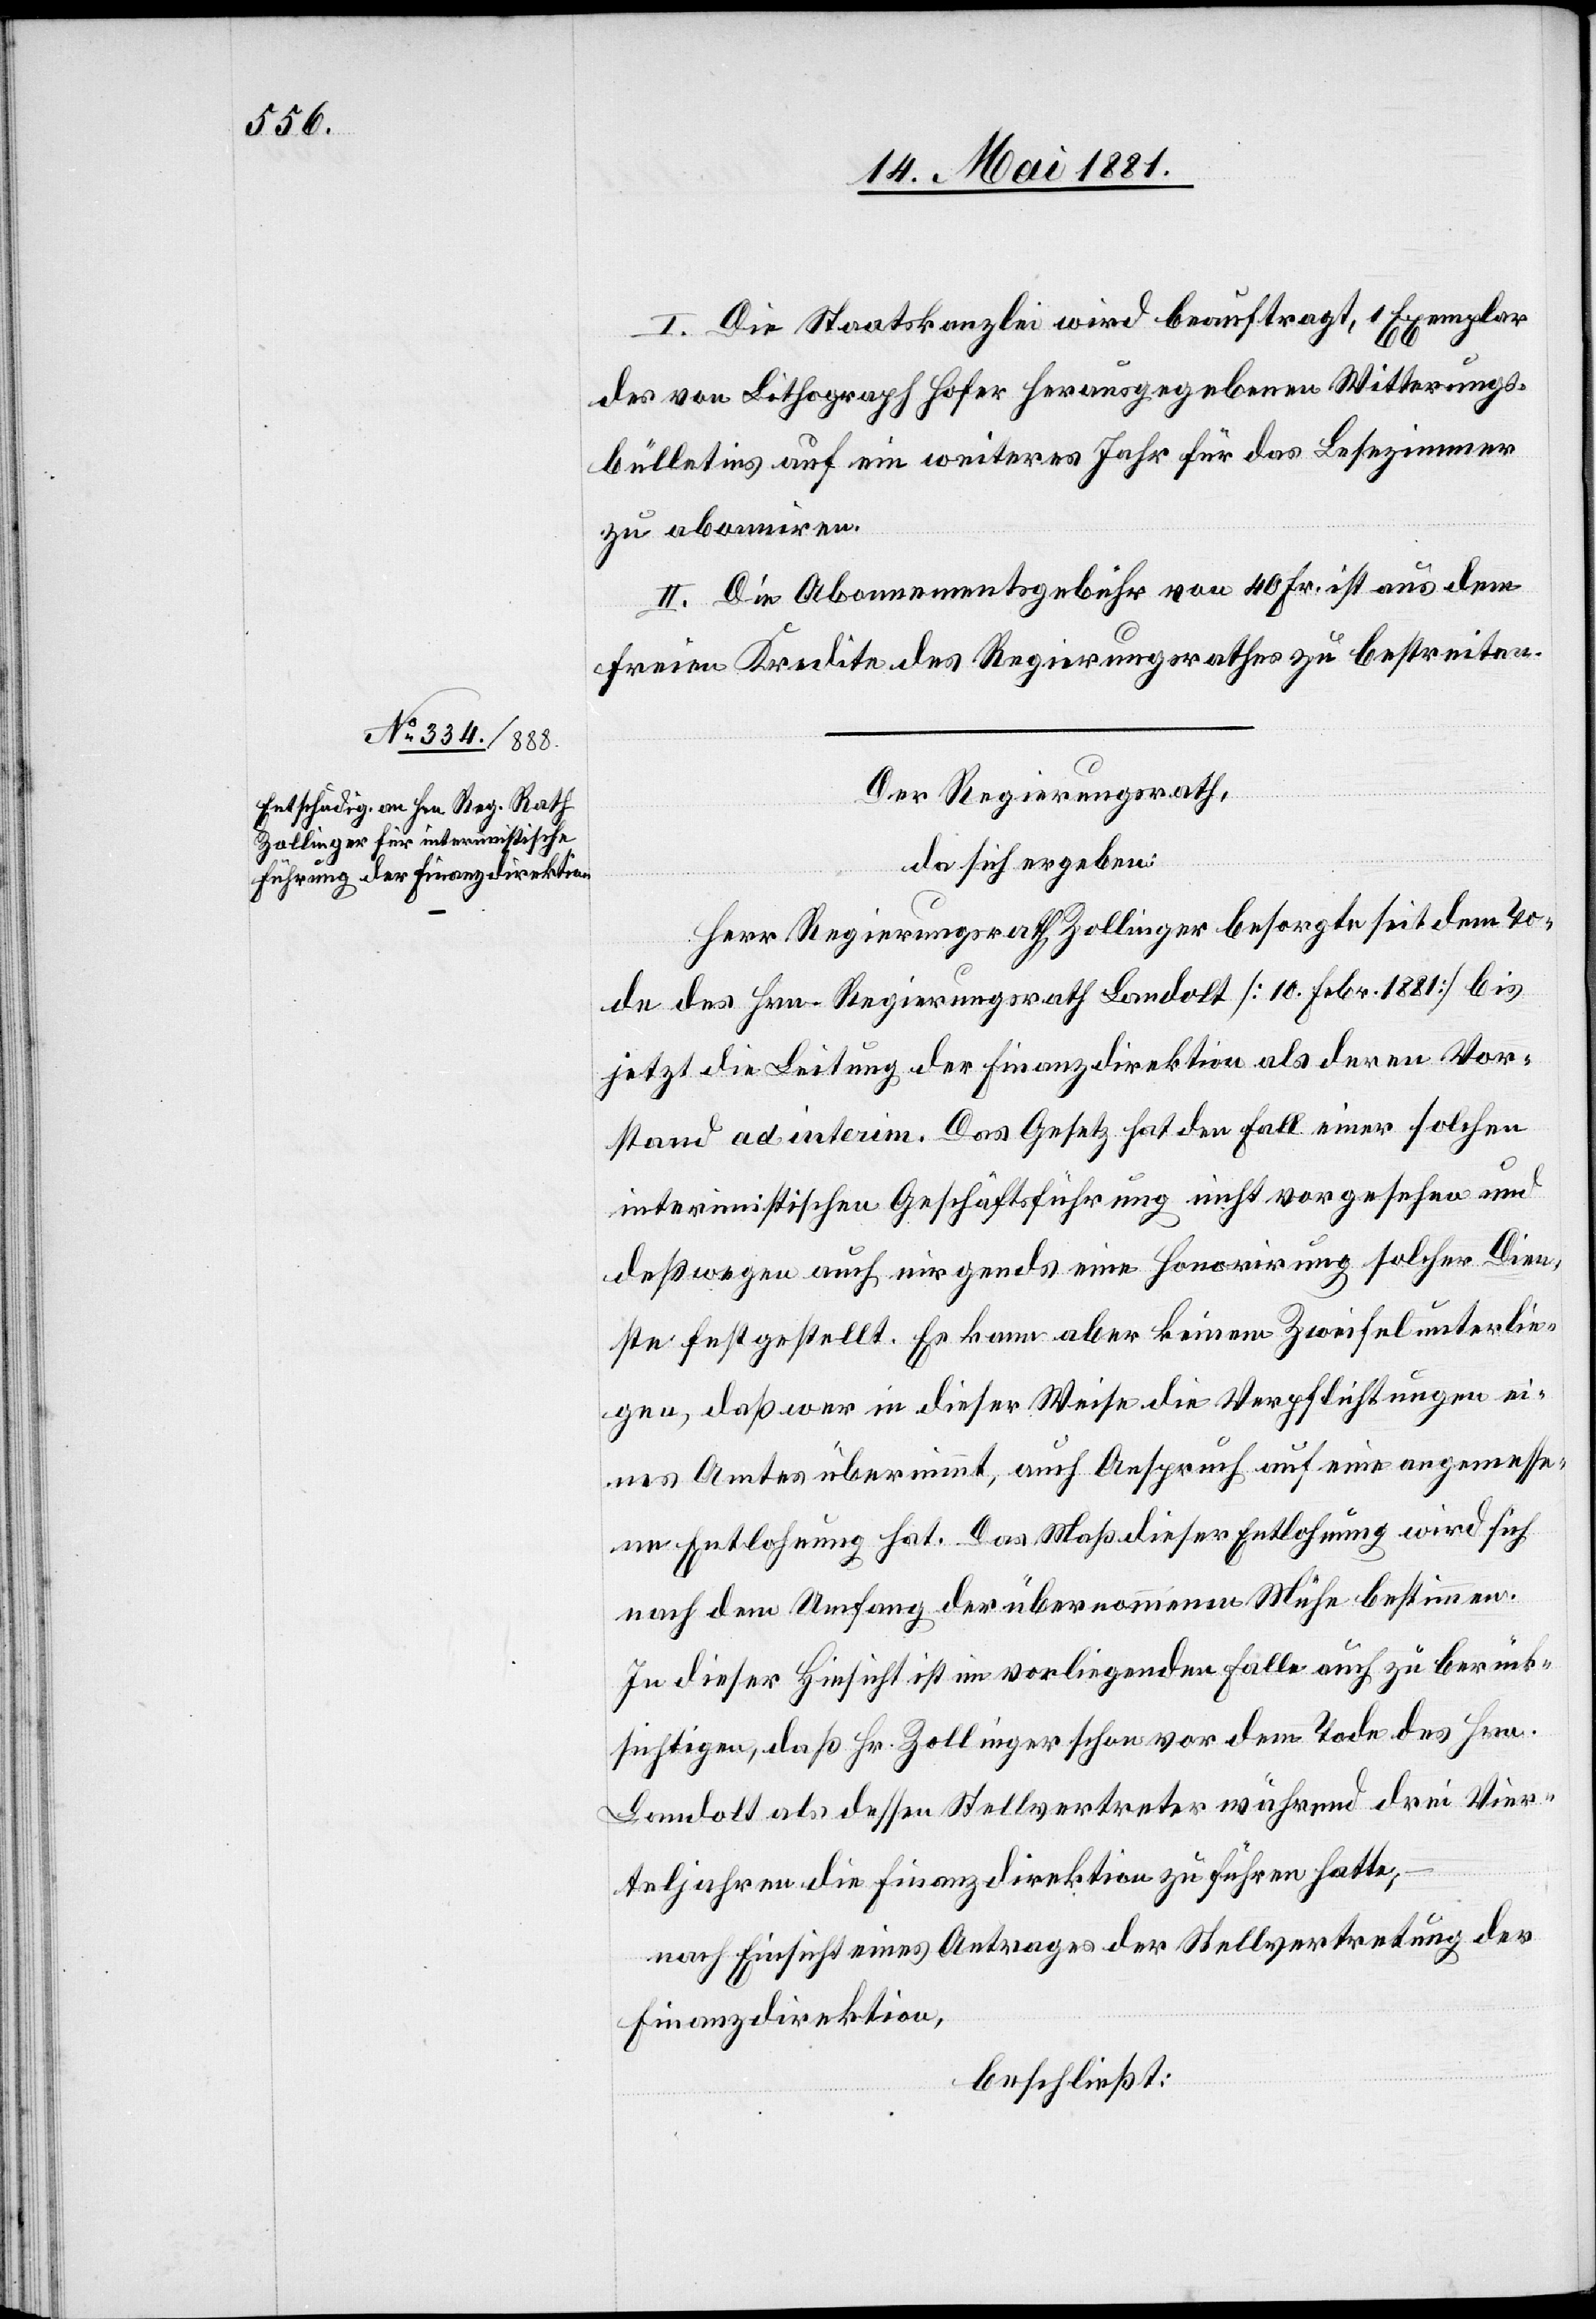
I. Die Staatskanzlei wird beauftragt, 1 Exemplar
der von Lithograph Hofer herausgegebenen Witterungs¬
bülletins auf ein weiteres Jahr für das Lesezimmer
zu abonniren.
II. Die Abonnementsgebühr von 40 Fr. ist aus dem
freien Kredite des Regierungsrathes zu bestreiten.
Der Regierungsrath,
da sich ergeben:
Herr Regierungsrath Zollinger besorgte seit dem To¬
de des Hrn. Regierungsrath Landolt [10. Febr. 1881] bis
jetzt die Leitung der Finanzdirektion als deren Vor¬
stand ad interim. Das Gesetz hat den Fall einer solchen
interimistischen Geschäftsführung nicht vorgesehen und
deßwegen auch nirgends eine Honorirung solcher Dien¬
ste festgestellt. Es kann aber keinen Zweifel unterlie¬
gen, daß wer in dieser Weise die Verpflichtungen ei¬
nes Amtes übernimmt, auch Anspruch auf eine angemesse¬
ne Entlohnung hat. Das Maß dieser Entlohnung wird sich
nach dem Umfang der übernommenen Mühe bestimmen.
In dieser Hinsicht ist im vorliegenden Falle auch zu berück¬
sichtigen, daß Hr. Zollinger schon vor dem Tode des Hrn.
Landolt als dessen Stellvertreter während drei Vier¬
teljahren die Finanzdirektion zu führen hatte,
nach Einsicht eines Antrages der Stellvertretung der
Finanzdirektion,
beschließt: